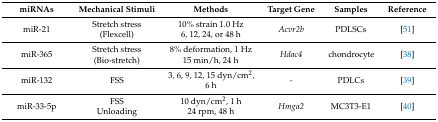
| miRNAs | Mechanical Stimuli | Methods | Target Gene | Samples | Reference |
 | --- | --- | --- | --- | --- | --- |
 | miR-21 | Stretch stress(Flexcell) | 10% strain 1.0 Hz6, 12, 24, or 48 h | Acvr2b | PDLSCs | [51] |
 | miR-365 | Stretch stress(Bio-stretch) | 8% deformation, 1 Hz15 min/h, 24 h | Hdac4 | chondrocyte | [38] |
 | miR-132 | FSS | 3, 6, 9, 12, 15 dyn/cm2, 6 h | - | PDLCs | [39] |
 | miR-33-5p | FSSUnloading | 10 dyn/cm2, 1 h24 rpm, 48 h | Hmga2 | MC3T3-E1 | [40] |